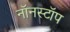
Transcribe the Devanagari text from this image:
नॉनस्‍टॉप